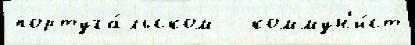
португа́льском   коммун'и́ст